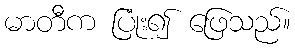
မာတီက ပြုံး၍ ဖြေသည်။